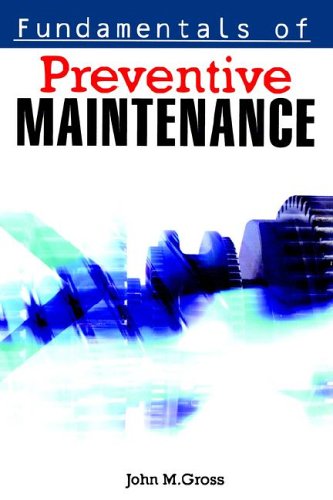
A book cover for Fundamentals of Preventive Maintenance; John M. Gross; Business & Money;